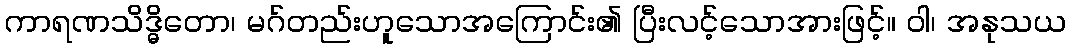
ကာရဏသိဒ္ဓိတော၊ မဂ်တည်းဟူသောအကြောင်း၏ ပြီးလင့်သောအားဖြင့်။ ဝါ၊ အနုသယ